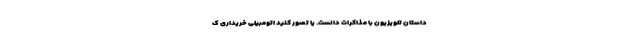
داستان تلویزیون با مذاکرات دانست. یا تصور کنید اتومبیلی خریداری ک